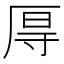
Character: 㕌